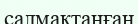
салмақтанған